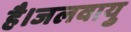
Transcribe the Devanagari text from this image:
है।जलवायु